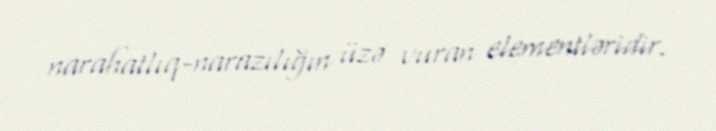
narahatlıq-narazılığın üzə vuran elementləridir.